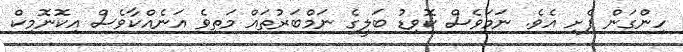
ހިންގަން ފެށި އެވެ. ނަމަވެސް ކޮވިޑު ބަލީގެ ނަމްބަރުތައް މަތިވެ އަނެއްކާވެސް އިކޮނޮމިކް